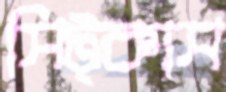
সিট্‌কাস